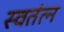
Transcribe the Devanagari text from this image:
स्वतंत्न